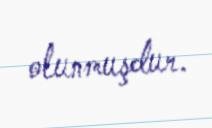
olunmuşdur.